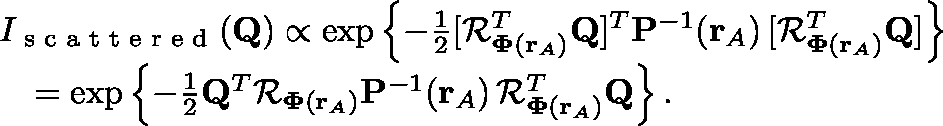
\begin{array} { r l } & { I _ { \textrm { s c a t t e r e d } } ( \mathbf { Q } ) \propto \exp \left\{ - \frac { 1 } { 2 } [ \mathcal { R } _ { \mathbf { \Phi } ( \mathbf { r } _ { A } ) } ^ { T } \mathbf { Q } ] ^ { T } \mathbf { P } ^ { - 1 } ( \mathbf { r } _ { A } ) \, [ \mathcal { R } _ { \mathbf { \Phi } ( \mathbf { r } _ { A } ) } ^ { T } \mathbf { Q } ] \right\} } \\ & { \quad = \exp \left\{ - \frac { 1 } { 2 } \mathbf { Q } ^ { T } \mathcal { R } _ { \mathbf { \Phi } ( \mathbf { r } _ { A } ) } \mathbf { P } ^ { - 1 } ( \mathbf { r } _ { A } ) \, \mathcal { R } _ { \mathbf { \Phi } ( \mathbf { r } _ { A } ) } ^ { T } \mathbf { Q } \right\} . } \end{array}